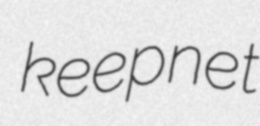
keepnet